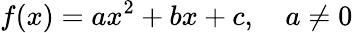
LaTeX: f(x)=ax^{2}+bx+c,\quad a\neq 0